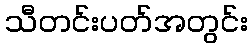
သီတင်းပတ်အတွင်း